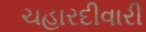
ચહારદીવારી